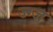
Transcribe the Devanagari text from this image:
ज्ग्ज